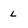
Character: L